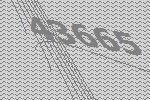
43665